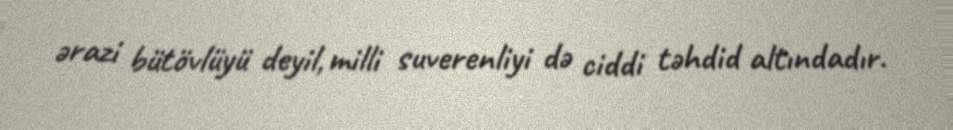
ərazi bütövlüyü deyil, milli suverenliyi də ciddi təhdid altındadır.